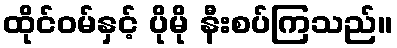
ထိုင်ဝမ်နှင့် ပိုမို နီးစပ်ကြသည်။